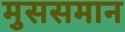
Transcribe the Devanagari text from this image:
मुससमान